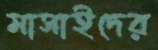
মাসাইদের